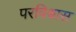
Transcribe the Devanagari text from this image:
परविश्वास